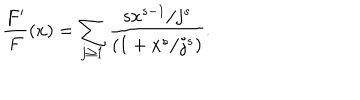
\frac { F ^ { \prime } } { F } ( x ) = \sum _ { j \ge 1 } \frac { s x ^ { s - 1 } / j ^ { s } } { ( 1 + x ^ { s } / j ^ { s } ) } .